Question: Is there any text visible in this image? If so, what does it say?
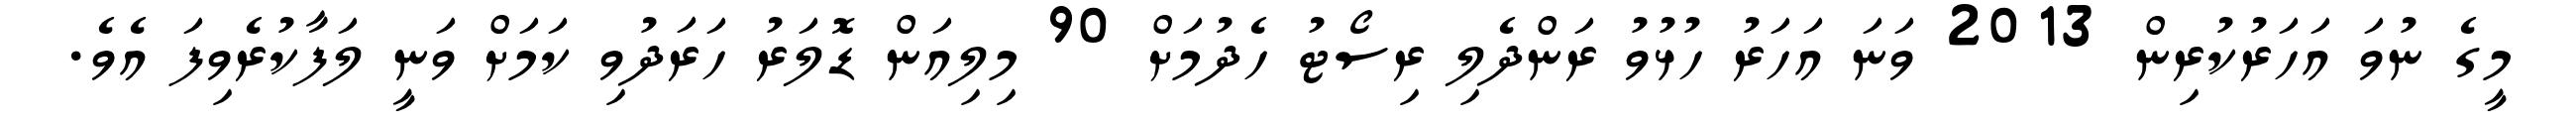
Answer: މީގެ ނުވަ އަހަރުކުރިން 2013 ވަނަ އަހަރު ހުޅުވު ރަންދެލި ރިސޯޓު ހެދުމަށް 90 މިލިއަން ޑޮލަރު ހަރަދުވި ކަމަށް ވަނީ ލަފާކުރެވިފަ އެވެ.